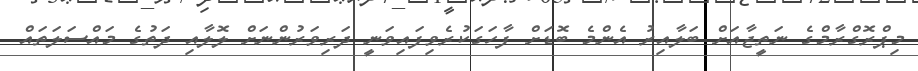
މިޕްރޮގްރާމްގެ ނަތީޖާއަށް ބަލާއިރު އެންމެ ބޮޑަށް ފާހަގަކުރެވިފައިވަނީ ދަރިވަރުންނަށް ލޮލާއި ދަތުގެ މައްސަލަތައް